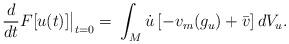
LaTeX: \begin{align*} \frac{d}{dt} F[u(t)]\big|_{t=0} =&\ \int_M \dot{u} \left[ - v_m(g_u) + \bar{v}\right] dV_u.\end{align*}